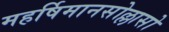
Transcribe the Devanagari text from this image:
महर्षिमानसोल्लासो